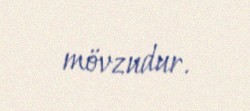
mövzudur.